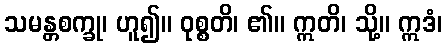
သမန္တစက္ခု၊ ဟူ၍။ ဝုစ္စတိ၊ ၏။ ဣတိ၊ သို့။ ဣဒံ၊